Problem: 92 + 84 = ?
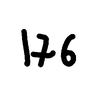
Handwritten answer: 176